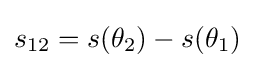
s_{12}=s(\theta _{2})-s(\theta _{1})